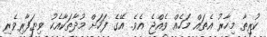
ކުރިތާ މިހާރު އެތައް މަހެއް ވެއްޖެ އެވެ. އޭގެ ފަހަށް މުދާތަކާއެކު ވިޔަފާރިވެރި